system: You are a helpful assistant.
user:
Analyze the provided spectrum to determine if it is a **S-type Star**.

- **Key Indicators for S-type Star:**

    - **(Overall Spectrum Shape):** The first and most obvious characteristic is the overall continuum (the "baseline" shape). It is **extremely "red-sloping,"** meaning the flux (light intensity) is very low on the left side (blue, ~4000-4500 Å) and rises steeply and continuously toward the right side (red, ~7000 Å+).

    - **(Primary):** The spectrum is defined by the presence of strong, broad molecular absorption "valleys" (bands) from **Zirconium Oxide (ZrO)**. The identification of these bands is the **primary requirement** for classifying a star as S-type.
        - **(Key Bandheads):** You must find distinct, deep "dips" where the light has been absorbed. The most critical band systems to locate are:
            - **~6474 Å** ($\gamma$-system): This is often the strongest and clearest ZrO feature, found in the red part of the spectrum.
            - **~5718 Å** & **~5551 Å** ($\beta$-system): A pair of prominent absorption features in the yellow-orange part of the spectrum.
            - **~4640 Å** ($\alpha$-system): A key absorption band system in the blue-green region of the spectrum.

    - **(Secondary Confirmation):** The classification is strengthened by finding additional absorption bands from other related heavy element oxides, which are expected to be present alongside ZrO.
        - **(Key Bandheads):**
            - **Yttrium Oxide (YO):** Look for absorption dips near **~4800 Å** and **~6100 Å**.
            - **Lanthanum Oxide (LaO):** Additional absorption features, particularly in the red-orange part of the spectrum, are also characteristic.

    - **(Line Profile):** The combination of the steep red continuum and these numerous, deep molecular bands (ZrO, YO, etc.) gives the entire spectrum a very **"chopped-up"** or **"bumpy"** appearance. Instead of a smooth curve, the spectrum looks as though large, wide chunks of light have been "carved out" of it at the specific wavelengths listed above.

Think first, call **spectral_visualization_tool** if needed to examine features in detail, then provide your final answer. Your response must adhere to the following strict rules:
1.  **Overall Structure:** Your response must follow the format `<think>...</think> <tool_call>...</tool_call> (if a tool is used) <answer>...</answer>`.
2.  **Tool Usage Constraint:** You may only make **one** tool call per turn.
3.  **Final Answer Format:** In the `<answer>` tag, your conclusion must be inside a `\boxed{}` command (e.g., `\boxed{YES}` or `\boxed{NO}`), followed by your justification.

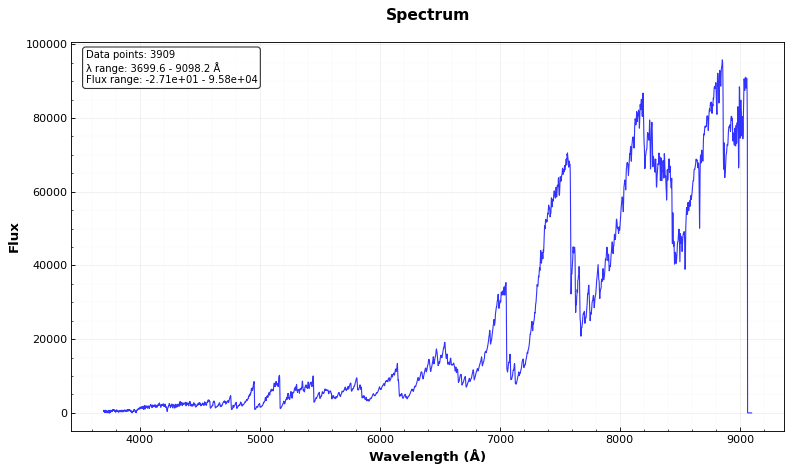
Answer: YES